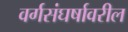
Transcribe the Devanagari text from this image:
वर्गसंघर्षावरील